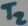
Text: T2